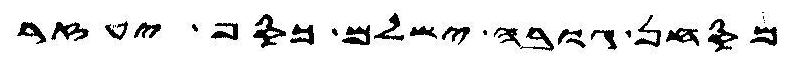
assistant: מסחן גובה ישלם כסף יעזר